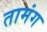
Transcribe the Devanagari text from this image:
तामंग